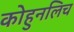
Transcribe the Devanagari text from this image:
कोहुनलिच